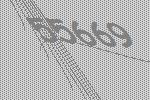
55669